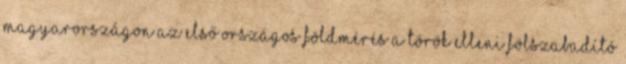
Magyarországon az első országos földmérés a török elleni fölszabadító